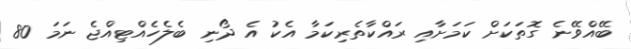
ބޭއްވޭނެ ގޮތަކަށް ކަމަށާއި ރައްކާތެރިކަމާ އެކު އެ ދޯނި ބެލެހެއްޓިއްޖެ ނަމަ 80